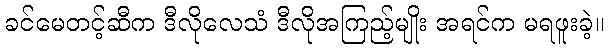
ခင်မေတင့်ဆီက ဒီလိုလေသံ ဒီလိုအကြည့်မျိုး အရင်က မရဖူးခဲ့။